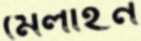
মেলাইন